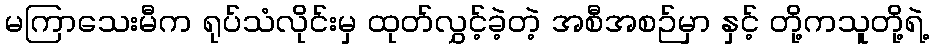
မကြာသေးမီက ရုပ်သံလိုင်းမှ ထုတ်လွှင့်ခဲ့တဲ့ အစီအစဉ်မှာ နှင့် တို့ကသူတို့ရဲ့